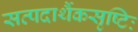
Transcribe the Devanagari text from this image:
सत्पदार्थैकसृष्टिः